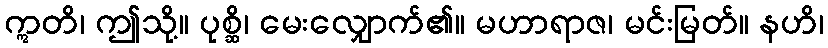
ဣတိ၊ ဤသို့။ ပုစ္ဆိ၊ မေးလျှောက်၏။ မဟာရာဇ၊ မင်းမြတ်။ နဟိ၊